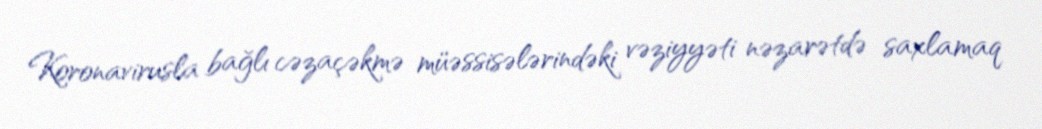
Koronavirusla bağlı cəzaçəkmə müəssisələrindəki vəziyyəti nəzarətdə saxlamaq